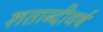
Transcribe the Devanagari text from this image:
शताब्दीवर्ष